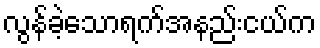
လွန်ခဲ့သောရက်အနည်းငယ်က